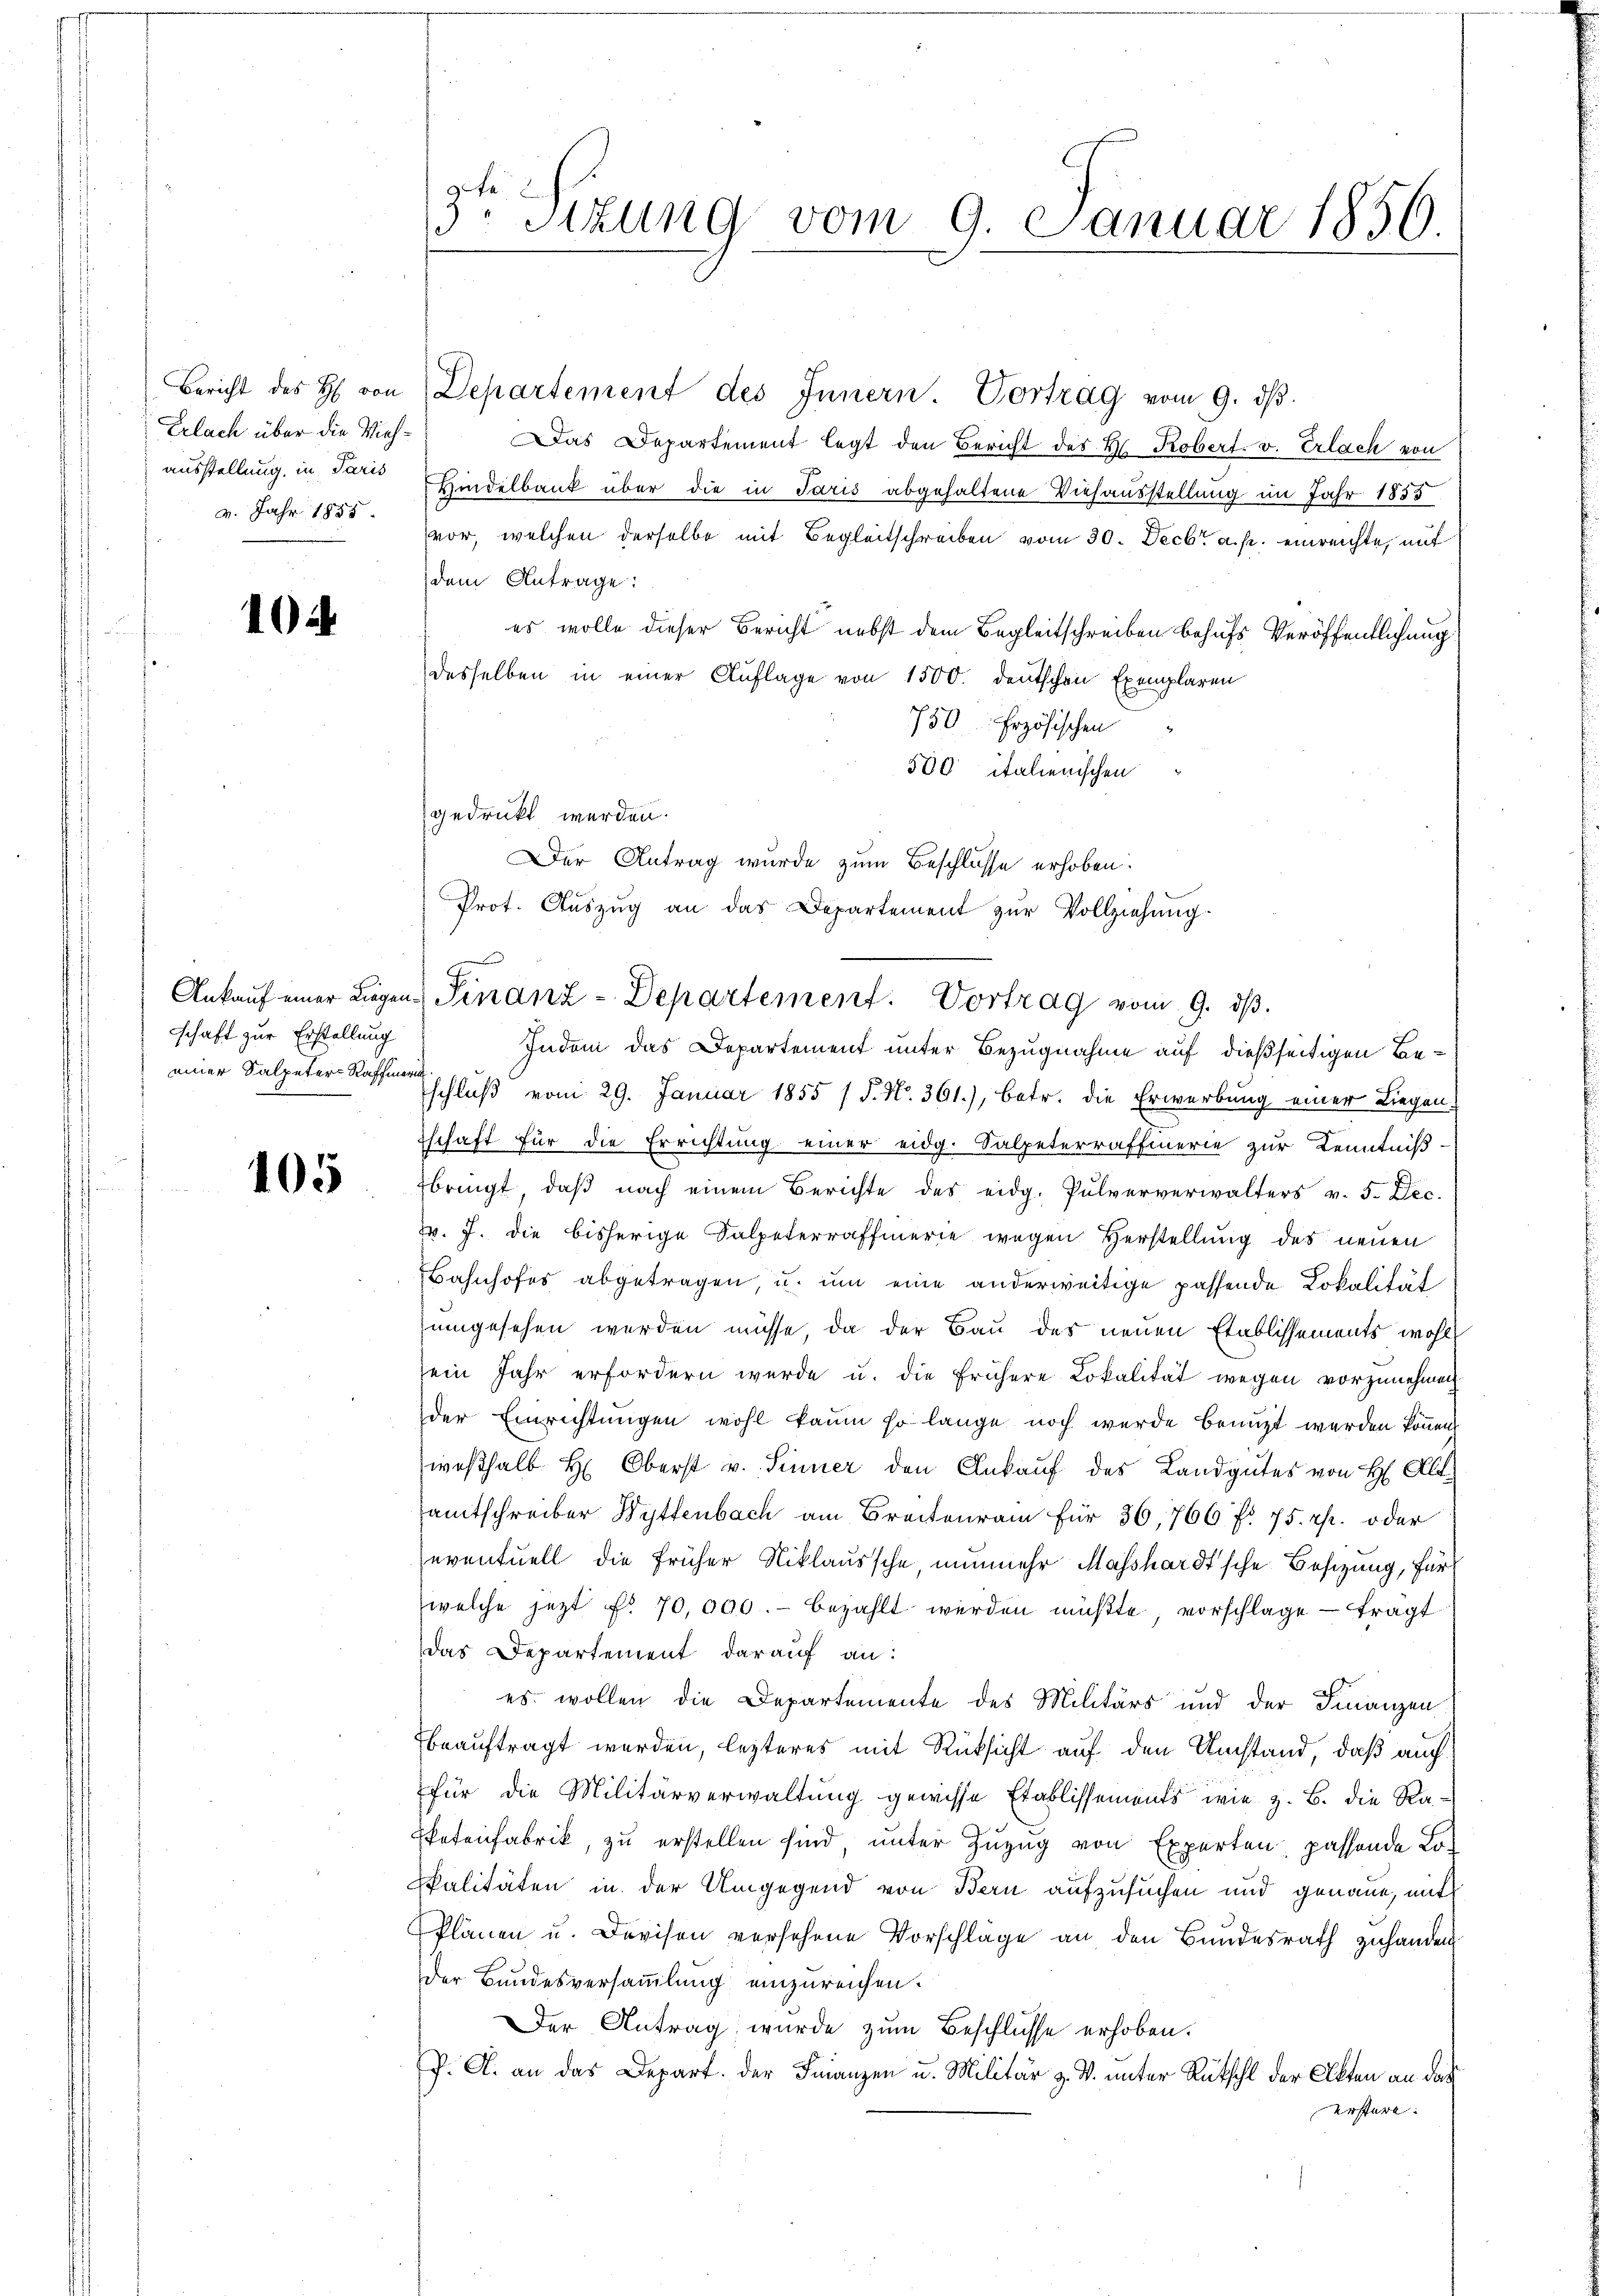
Bericht des H. von
Erlach über die Miehausstellung, in Paris
4. Jahr 1855.

10

schaft zur Erstellung
einer Salpeter-Raffieri

105

9te
3. Sitzung vom 9. Januar 1856.

Departement des Innern. Vortrag vom 9. dβ.
as Departement legt den Bericht des H. Robert. v. Erlach von
Hindelbank über die in Paris abgehaltene Viehausstellung im Jahr 1855
vor, welchen derselbe mit Begleitschreiben vom 30. Decbr. a. p. einreichte, auf
dem Antrage:
es wolle dieser Bericht nebst dem Begleitschreiben behufs Veröffentlichung
desselben in einer Auflage von 1500. Deutschen Exemplaren
750 frzösischen
500 italienischen
gedruckt werden.
Der Antrag wurde zum Beschlüsse erhoben:
Prot. Aŭszŭg an das Departement zŭr Vollziehŭng.
Indon das Departement unter Bezugnahme auf dießseitigen Beschlŭβ vom 29. Januar 1855 / J. N. 361), betr. die Erwerbŭng einer Liegen.
tschaft für die Errichtung einer eidg. Salpeterraffierie zur Kenntniß-
bringt, daβ nach einem Berichte des eidg. Pulververwalters v. 5. Dec.
W. J. die bisherige Salpeterraffierie wegen Herstellŭng des neuen
Bahnhofes abgetragen, u. um eine anderweitige passende Lokalität
sumgesehen werden müsse, da der Bau des neuen Etablissements wohl
sein Jahr erfordern wurde u. die frühere Lokalität wegen vorzunehmen
der Einrichtungen wohl kaum so lange noch wurde benuzt werden können
weßhalb H: Oberst v. Sinner den Ankauf des Landgutes von H Alt-
amtschreiber Wyttenbach am Breitenrain für 36,766 f. 75. rp. oder
eventuell die früher Niklaussche, nunmehr Masshardtsche Besizung, Fürwelche jezt f. 70,000.- bezahlt werden müßte, vorschlage - tragt
das Departement darauf an:
es wollen die Departemente des Militärs und der Finanzen
beauftragt werden, lezteres mit Rücksicht auf den Umstand, daß auch
für die Militärverwaltung gewisse Etablissements, wie z. B. die Ra¬
Patenfabrik, zu erstellen sind, unter Zuzug von Experten passende Lo¬
Spalitäten in der Umgegend von Bern aufzusuchen und genaue, mit
Plänen u. Devisen versehene Vorschläge an den Bundesrath zuhanden
Der Bundesversammlung einzureichen.
er Antrag wurde zum Beschlüsse erhoben.
P. A. an das Depart. der Finanzen u. Militär z. V. unter Rückschl der Akten an das
erstere

t |
Ankauf einer Liegen Finanz-Departement. Vortrag vom 9. dβ.